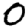
Digit: 0